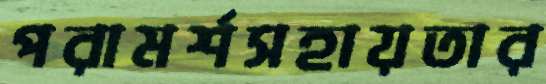
পরামর্শসহায়তার